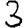
Digit: 3